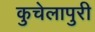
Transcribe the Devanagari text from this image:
कुचेलापुरी